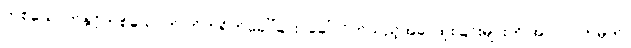
တစ်ယောက်နှင့်တစ်ယောက် တိုက်ရိုက်ခေါ်ခြင်း, ခေါ်လိုက်သည့်အခါ ထူးခြင်းများကို အာလုပ်ဟုမှတ်၊